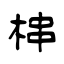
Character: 梙